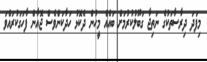
މިފަދަ ދިރާސާތަކުގެ ނަތިޖާ ގަބޫލުކުރުމަށް ބައެއް މީހުން ދެކޮޅު ހަދާކަންވެސް ޖޮއާން ފާހަގަކުރައްވަ